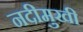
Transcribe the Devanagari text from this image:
नदीमुखी